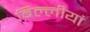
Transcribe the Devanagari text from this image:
बिल्लीयां